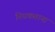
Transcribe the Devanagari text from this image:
निधकताना